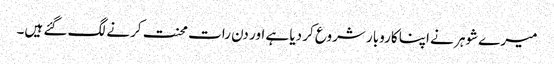
میرے شوہر نے اپنا کاروبار شروع کر دیا ہے اور دن رات محنت کرنے لگ گئے ہیں۔